Report of the Municipal Commissioner on the plague in Bombay for the year ending 31st May... - Volume 3
Disease focus: Plague
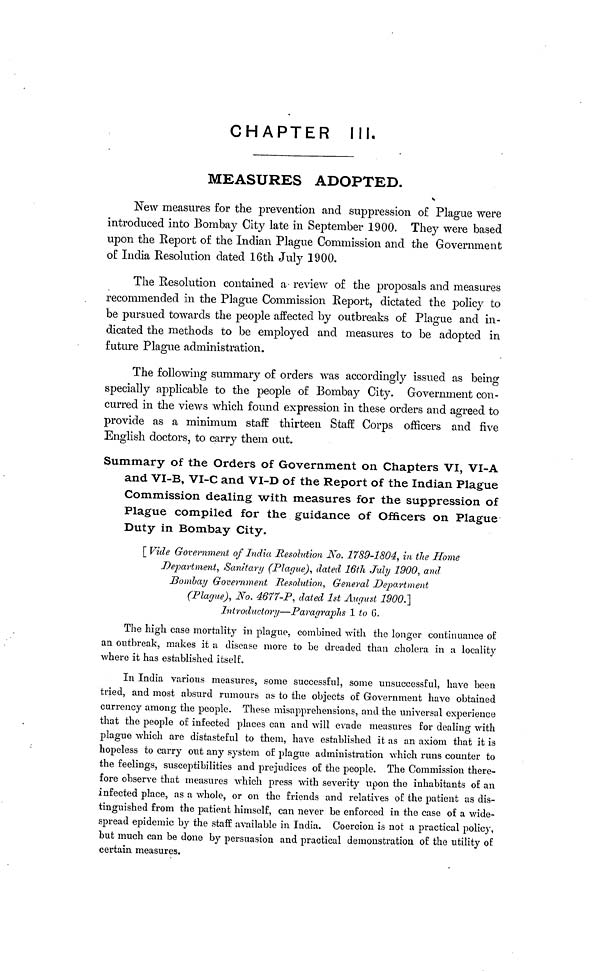
CHAPTER
ill.
MEASURES ADOPTED.
New measures for the prevention and suppression of Plague were
introduced into Bombay City late in September 1900. They were based
upon the Report of the Indian Plague Commission and the Government
of India Resolution dated 16th July 1900.
The Resolution contained a review of the proposals and measures
recommended in the Plague Commission Report, dictated the policy to
be pursued towards the people affected by outbreaks of Plague and in-
dicated the methods to be employed and measures to be adopted in
future Plague administration.
The following summary of orders was accordingly issued as being
specially applicable to the people of Bombay City. Government con-
curred in the views which found expression in these orders and agreed to
provide as a minimum staff thirteen Staff Corps officers and five
English doctors, to carry them out.
Summary of the Orders of Government on Chapters VI, VI-A
and VI-B, VI-C and VI-D of the Report of the Indian Plague
Commission dealing with measures for the suppression of
Plague compiled for the guidance of Officers on Plague
Duty in Bombay City.
[ Vide Government of India Resolution No. 1789-1804, in the Home
Department, Sanitary (Plague), dated 16th July 1900, and
Bombay Government Resolution, General Department
(Plague), No. 4677-P, dated 1st August 1900.]
Introductory—Paragraphs 1 to 6.
The high case mortality in plague, combined with the longer continuance of
an outbreak, makes it a disease more to be dreaded than cholera in a locality
where it has established itself.
In India various measures, some successful, some unsuccessful, have been
tried, and most absurd rumours as to the objects of Government have obtained
currency among the people. These misapprehensions, and the universal experience
that the people of infected places can and will evade measures for dealing with
plague which are distasteful to them, have established it as an axiom that it is
hopeless to carry out any system of plague administration which runs counter to
the feelings, susceptibilities and prejudices of the people. The Commission there-
fore observe that measures which press with severity upon the inhabitants of an
infected place, as a whole, or on the friends and relatives of the patient as dis-
tinguished from the patient himself, can never be enforced in the case of a wide-
spread epidemic by the staff available in India. Coercion is not a practical policy,
but much can be done by persuasion and practical demonstration of the utility of
certain measures.